Civil Veterinary Department Bihar & Orissa reports 1922-29 - 1922-1929
Year: 1922
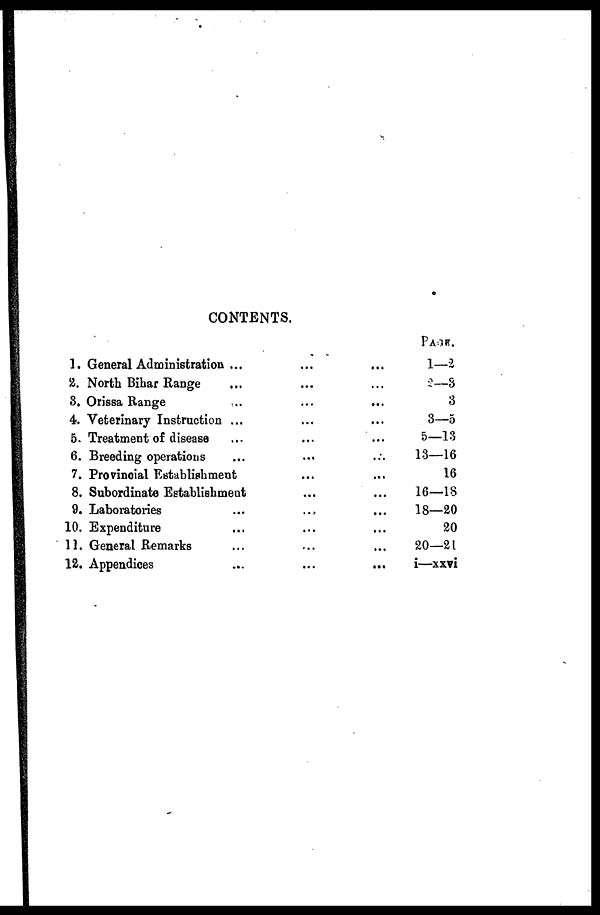
CONTENTS.
1. General Administration ...
2. North Bihar Range ...
8. Orissa Range ...
4. Veterinary Instruction ...
5. Treatment of disease ...
6. Breeding operations ...
7. Provincial Establishment ...
8. Subordinate Establish meat
9. Laboratories ...
10. Expenditure ...
11. General Remarks ...
12. Appendices ...
...
...
...
...
...
...
...
...
...
...
...
...
...
...
...
...
...
...
...
...
...
...
...
...
PAGE.
1—2
2—3
3
3—5
5—13
13—16
16
16—18
18—20
20
20—21
i—xxvi